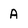
Character: A